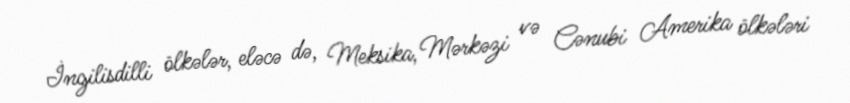
İngilisdilli ölkələr, eləcə də, Meksika, Mərkəzi və Cənubi Amerika ölkələri